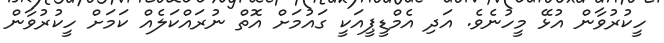
ހީކުރުވާން އުޅޭ މީހުނެވެ. އަދި އެމްޑީޕީއަކީ ގައުމަށް އޮތް ނުރައްކަލެއް ކަމަށް ހީކުރުވާން